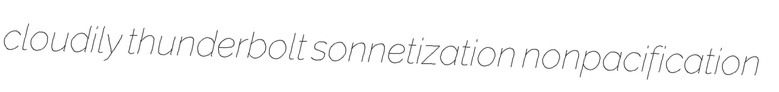
cloudily thunderbolt sonnetization nonpacification